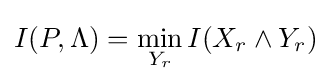
\displaystyle I(P,\Lambda )=\min _{Y_{r}}I(X_{r}\land Y_{r})